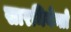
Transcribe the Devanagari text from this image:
सारमियेन्तो